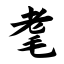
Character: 耄